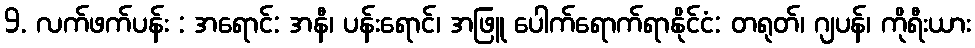
9. လက်ဖက်ပန်း : အရောင်: အနီ၊ ပန်းရောင်၊ အဖြူ ပေါက်ရောက်ရာနိုင်ငံ: တရုတ်၊ ဂျပန်၊ ကိုရီးယား